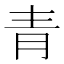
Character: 青